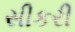
સીકરી